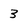
Character: 3